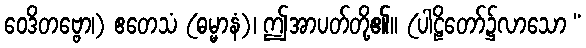
ဝေဒိတဗ္ဗော၊) ဧတေသံ (ဓမ္မာနံ)၊ ဤအာပတ်တို့၏။ (ပါဠိတော်၌လာသော “